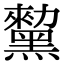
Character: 𪒅